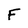
Character: F